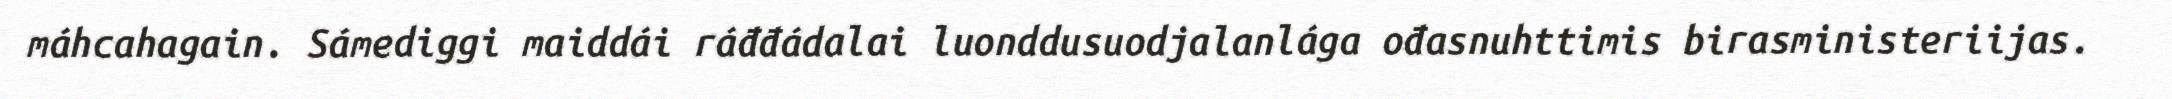
máhcahagain. Sámediggi maiddái ráđđádalai luonddusuodjalanlága ođasnuhttimis birasministeriijas.